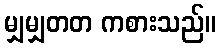
မျှမျှတတ ကစားသည်။